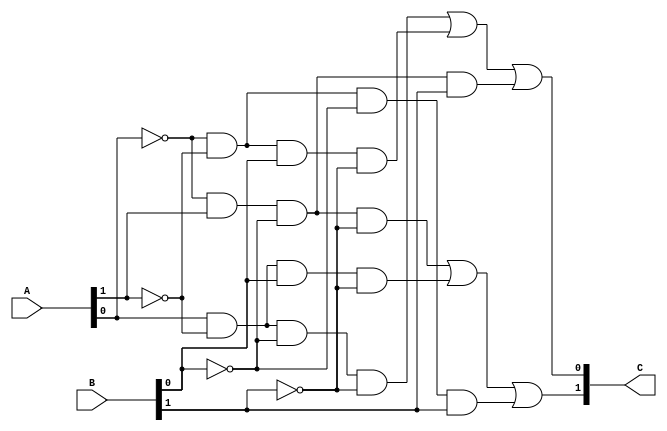
`define M     97          // M is the degree of the irreducible polynomial
`define WIDTH (2*`M-1)    // width for a GF(3^M) element
`define W2    (4*`M-1)    // width for a GF(3^{2*M}) element
`define W3    (6*`M-1)    // width for a GF(3^{3*M}) element
`define W6    (12*`M-1)   // width for a GF(3^{6*M}) element
`define PX    196'h4000000000000000000000000000000000000000001000002 // PX is the irreducible polynomial
`define ZERO {(2*`M){1'b0}}
`define TWO {(2*`M-2){1'b0}},2'b10
`define MOST 2*`M+1:2*`M

module f3_add(A, B, C);
    input [1:0] A, B;
    output [1:0] C;
    wire a0, a1, b0, b1, c0, c1;
    assign {a1, a0} = A;
    assign {b1, b0} = B;
    assign C = {c1, c0};
    assign c0 = ( a0 & ~a1 & ~b0 & ~b1) |
                (~a0 & ~a1 &  b0 & ~b1) |
                (~a0 &  a1 & ~b0 &  b1) ;
    assign c1 = (~a0 &  a1 & ~b0 & ~b1) |
                ( a0 & ~a1 &  b0 & ~b1) |
                (~a0 & ~a1 & ~b0 &  b1) ;
endmodule